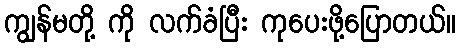
ကျွန်မတို့ ကို လက်ခံပြီး ကုပေးဖို့ပြောတယ်။